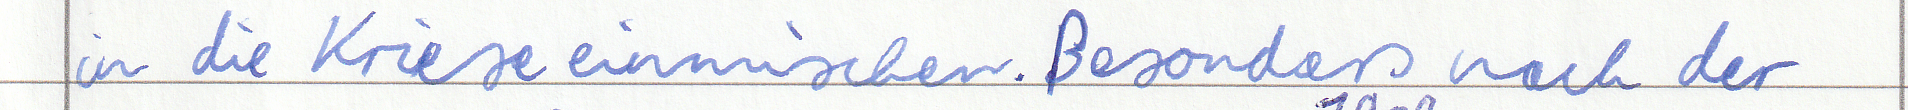
in die Kriese einmischen. Besonders nach der